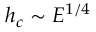
h _ { c } \sim E ^ { 1 / 4 }